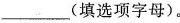
___(填选项字母)。